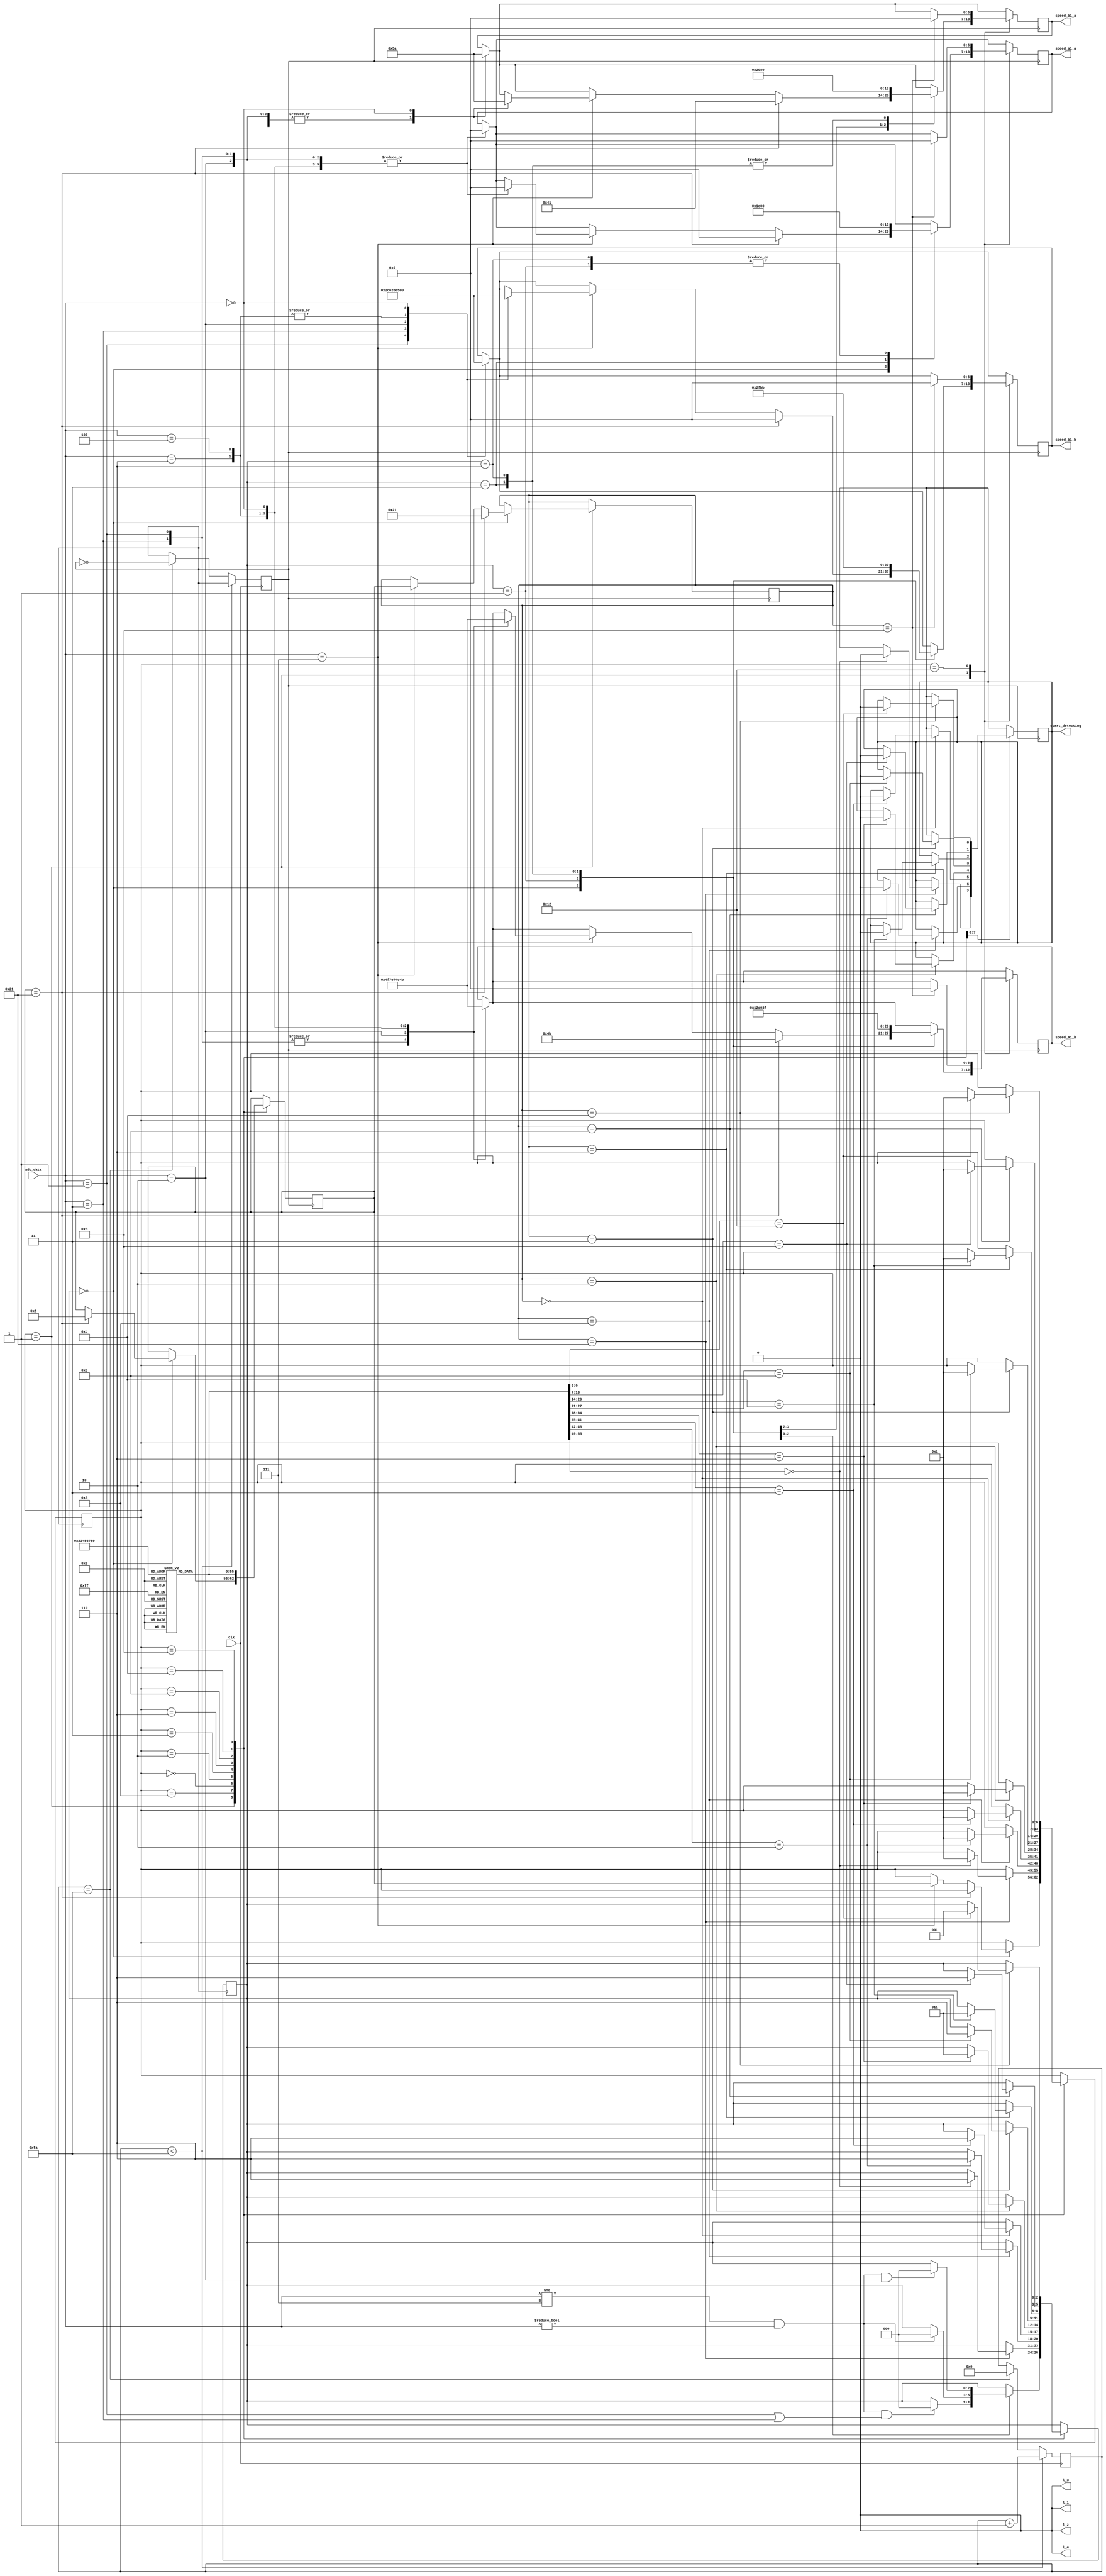
module control_bot(
	input clk,
	input [2:0] adc_data,
	output [6:0] speed_a1_a , // speed of right motor 
	output [6:0] speed_b1_a , // speed of right motor
	output [6:0] speed_a1_b , // speed of left motor
	output [6:0] speed_b1_b,  // speed of left motor
	
	//***************
	output l_1,
	output l_2,
	output l_3,
	output l_4,
	
	output start_detecting
	
	//***************
);

//****************
	reg r_l_1 = 0; 
	reg r_l_2 = 0;
	reg r_l_3 = 0;
	reg r_l_4 = 0;
	
	assign l_1 = r_l_1;
	assign l_2 = r_l_2;
	assign l_3 = r_l_3;
	assign l_4 = r_l_4;	
//****************
	



// varialbles for speed
	reg [6:0] r_speed_a1_a ; // speed of right motor 
	reg [6:0] r_speed_a1_b = 0 ; // speed of right motor
	reg [6:0] r_speed_b1_a = 0 ; // speed of left motor
	reg [6:0] r_speed_b1_b = 0 ; // speed of left mot
	
	// for nodes 4 bits regs
	reg c_d = 1;
	reg [5:0] counter = 1;
	reg [6:0] current_node = wait_for_node;  // to indicate current node 
	reg [6:0] next_node [9:0];  // to indicate next node	
	reg [6:0] previous_node;
	reg [6:0] next;	
	
	//for actions and processes			
	reg [2:0] action_to_take = follow_line ;  // 3 bit  to hold the actions(turns) to take		
		
	// defining states to use in the state macine logic
	parameter wait_for_node = 7'b0000001;
	parameter n_8 = 7'b0001000;
	parameter n_0 = 7'b0000000;
	parameter n_2 = 7'b0000010;
	parameter n_3 = 7'b0000011;
	parameter n_6 = 7'b0000110; 
	parameter n_14 = 7'b001110;
	parameter n_12 = 7'b001100;
	parameter n_11 = 7'b001011;
	parameter n_18 = 7'b010010;
	
	//--------------node_condition------------------
	
	parameter	follow_line = 3'b000;
	parameter	turn_R = 3'b001;
	parameter	turn_L = 3'b011;
	parameter	go_st = 3'b110;
	
	
	
	//**********
	initial
	begin
		next_node[0]=33;
		next_node[1]=8;
		next_node[2]=0;
		next_node[3]=2;
		next_node[4]=3;
		next_node[5]=6;
		next_node[6]=14;
		next_node[7]=12;
		next_node[8]=11;
		next_node[9]=18;
	end
	
	// defining tasks for line following and turning ---------------------------------------------------------------------------------------
 	task line_follow ();  // this is used to follow line
	begin
		// adac_data is 3 bit bus and the bits represent the sensors itself. '1' means line detected '0' otherwise
		case (adc_data)
							// MSB is left_sensor and LSB is right_sensor
			3'b001 :
			begin
				r_speed_a1_a = 0;
				r_speed_b1_a = 0; 
				r_speed_a1_b = 79;//79
				r_speed_b1_b = 44;//34
			end
			
			//------------------right_turn-------------------
			3'b011 :
			begin
				r_speed_a1_a = 0; 
				r_speed_b1_a = 0; 
				r_speed_a1_b = 79;//79
				r_speed_b1_b = 49;//39
			end
			//-----------------straight--------------------
			3'b010 :
			begin	
				r_speed_a1_a = 0; 
				r_speed_b1_a = 0; 
				r_speed_a1_b = 62.5;//62.5
				r_speed_b1_b = 58.5;//58.5
			end

			//-----------------left_turn----------------
			3'b110 :
			begin
				r_speed_a1_a = 0; 
				r_speed_b1_a = 0; 
				r_speed_a1_b = 29;
				r_speed_b1_b = 74;
			end
			//-------------------left_arc-----------
			3'b100 :
			begin
				r_speed_a1_a = 0; 
				r_speed_b1_a = 0; 
				r_speed_a1_b = 24;
				r_speed_b1_b = 74;
		   end
			
			3'b000 :
			begin
				r_speed_a1_a = 0; 
				r_speed_b1_a = 90; 
				r_speed_a1_b = 75;
				r_speed_b1_b = 0;
			end
		endcase
	end
	endtask
	
	task turn_right ();  // to turn right
		begin
		r_speed_a1_a = 0;
		r_speed_b1_a = 65;
		r_speed_a1_b = 75;
		r_speed_b1_b = 0; 
		end
	endtask
	
	task turn_left (); // to turn left
		begin
		r_speed_a1_a = 60;
		r_speed_b1_a = 0;
		r_speed_a1_b = 0;
		r_speed_b1_b = 95; 
		end
	endtask
	
	
	task go_straight (); // to go straight speed should be as low as possible
		begin
		r_speed_a1_a = 0;
		r_speed_b1_a = 0;
		r_speed_a1_b = 62.5;
		r_speed_b1_b = 58.5;
		end
	endtask
	
	//-----------------clock_scaling---------------------------------
	
	reg clk_o =0;
	reg [20:0] count;
	reg [31:0] n;
	
	initial
	begin
		count =1 ;
		n =500;
		clk_o =0;
	end
	
	
	always @ (posedge clk)
	begin
		if (count < (n/2))
		begin
			count = count +1;
		end
		
		else if (count == (n/2))
		begin
			count = 0;
			clk_o = ~clk_o;
		end
	end
 /////////////////////////////////////////////////////////////////// 
 
	//*******Main Function****
	always @ (posedge clk_o)
	begin
	
	line_follow();
		case(current_node)
		
		wait_for_node:
		begin
			case(action_to_take)
					
				follow_line:
					begin
						if (next == 33)
						begin
							r_speed_a1_a = 0;
							r_speed_b1_a = 65;
							r_speed_a1_b = 75;
							r_speed_b1_b = 0; 
							next = 8;
							previous_node = 33;
						end
						
						else
						begin
							if( adc_data == 3'b111)	
							begin
							
								line_follow();
								current_node =  next;
								previous_node = current_node;
							end
						end
					end
					
					turn_R:
					begin
						turn_right();
						if (adc_data != 3'b111 &  adc_data != 3'b000 & (adc_data == 3'b001 || adc_data == 3'b011)) action_to_take = follow_line;
					end
					
					turn_L:
					begin
						turn_left();
						if (adc_data != 3'b111 &  adc_data != 3'b000) action_to_take = follow_line;
					end

					go_st:
					begin
						go_straight();
						if (adc_data != 3'b111 &  adc_data != 3'b000 &  (adc_data == 3'b010)) action_to_take = follow_line;
					end
				endcase
			end

		n_8:
		begin
			next = next_node[2];
			case(previous_node)
			33:
			begin
				case(next)
				n_0:
				begin
					action_to_take = go_st;
					current_node = wait_for_node;
					c_d = 0;
				end
				endcase
			end
			endcase
			
		end
		
		n_0:
		begin
			next = next_node[3];
			case(previous_node)
			n_8:
			begin
				case(next)
				n_2:
				begin
					action_to_take = go_st;
					current_node = wait_for_node;
					c_d = 0;
				end
				endcase
			end
			endcase
		end
		
		n_2:
		begin
			next = next_node[4];
			case(previous_node)
			n_0:
			begin
				case(next)
				n_3:
				begin
					action_to_take = go_st;
					current_node = wait_for_node;
					c_d = 0;
				end
				endcase
			end
			endcase
		end
		
		n_3:
		begin
			next = next_node[5];
			case(previous_node)
			n_2:
			begin
				case(next)
				n_6:
				begin
					action_to_take = turn_L;
					current_node = wait_for_node;
					c_d = 0;
				end
				endcase
			end
			endcase
		end
			
		n_6:
		begin
			next = next_node[6];
			case(previous_node)
			n_3:
			begin
				case(next)
				n_14:
				begin
					action_to_take = go_st;
					current_node = wait_for_node;
					c_d = 0;
				end
				endcase
			end
			endcase
		end
			
		n_14:
		begin
			next = next_node[7];
			case(previous_node)
			n_6:
			begin
				case(next)
				n_12:
				begin
					action_to_take = turn_L;
					current_node = wait_for_node;
					c_d = 0;
				end
				endcase
			end
			endcase
		end
			
		n_12:
		begin
			next = next_node[8];
			case(previous_node)
			n_14:
			begin
				case(next)
				n_11:
				begin
					action_to_take = go_st;
					current_node = wait_for_node;
					c_d = 0;
				end
				endcase
			end
			endcase
		end
		
		n_11:
		begin
			next = next_node[9];
			case(previous_node)
			n_12:
			begin
				case(next)
				n_18:
				begin
					action_to_take = turn_R;
					current_node = wait_for_node;
					c_d = 0;
				end
				endcase
			end
			endcase
		end
		
		n_18:
		begin
			//next = next_node[2];
			case(previous_node)
			n_11:
			begin
				r_speed_a1_a = 0;
				r_speed_b1_a = 0;
				r_speed_a1_b = 0;
				r_speed_b1_b = 0;
			end
			endcase
		end
		
		/*node_7:
		begin
		
			if (counter == 2)
			begin
			
				next_node = node_0;
				action_to_take = go_st;
				current_node = wait_for_node;
			
			end
			else
			begin
				counter = counter + 1;
				next_node = node_8;
				action_to_take = turn_R;
				current_node = wait_for_node;
			//************
				r_l_1 = 1; 
				r_l_2 = 1;
				r_l_3 = 1;
				r_l_4 = 0;
			//************
				c_d = 1;
			end
		end*/
				
		/*node_8:
		begin
				next_node = node_1;
				action_to_take = go_st;
				current_node = wait_for_node;
			//************
				r_l_1 = 0; 
				r_l_2 = 0;
				r_l_3 = 0;
				r_l_4 = 1;
			//************
				c_d = 1;
    	end
		
			
	   node_0:
		begin
			r_speed_a1_a = 0;
			r_speed_b1_a = 0;
			r_speed_a1_b = 0;
			r_speed_b1_b = 0;
		end
		
		default:
		begin
			r_l_1 = 0; 
			r_l_2 = 0;
			r_l_3 = 0;
			r_l_4 = 0;
		end*/
		endcase
	end
	
	//assigning output
	
	assign start_detecting = c_d;
	assign speed_a1_a =  r_speed_a1_a ; 
	assign speed_a1_b =  r_speed_a1_b ;
	assign speed_b1_a =  r_speed_b1_a ; 
	assign speed_b1_b =  r_speed_b1_b ;
	
endmodule